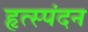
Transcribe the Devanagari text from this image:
हृत्स्पंदन